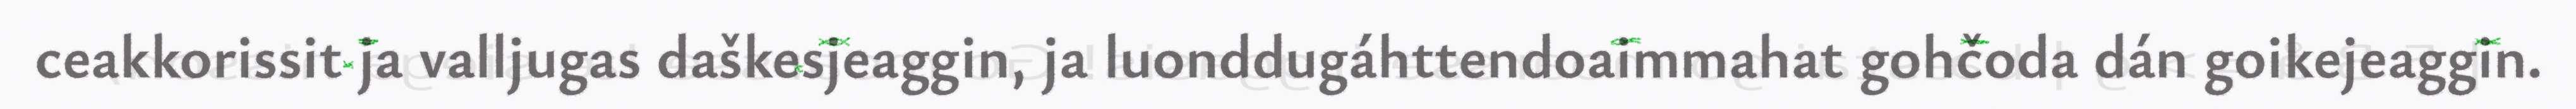
ceakkorissit ja valljugas daškesjeaggin, ja luonddugáhttendoaimmahat gohčoda dán goikejeaggin.